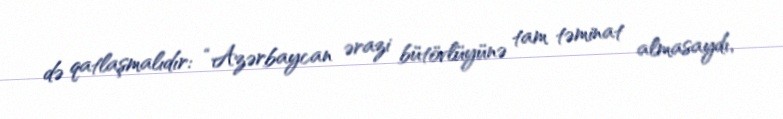
də qatlaşmalıdır: “Azərbaycan ərazi bütövlüyünə tam təminat almasaydı,